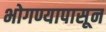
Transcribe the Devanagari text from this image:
भोगण्यापासून